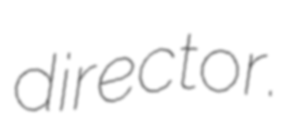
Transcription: director.